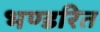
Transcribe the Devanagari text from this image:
भण्डरित